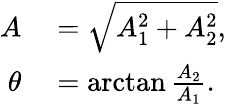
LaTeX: \begin{array}{rl}{A}&{{}=\sqrt{A_{1}^{2}+A_{2}^{2}},}\\ {\theta}&{{}=\arctan\frac{A_{2}}{A_{1}}.}\end{array}